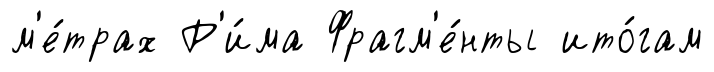
м'е́трах Р'и́ма Фрагм'е́нты ито́гам